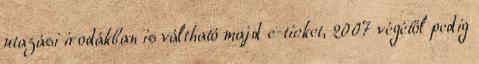
utazási irodákban is váltható majd e-ticket, 2007 végétől pedig